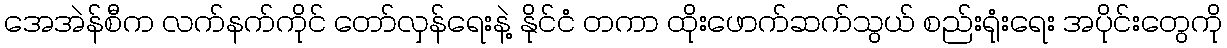
အေအဲန်စီက လက်နက်ကိုင် တော်လှန်ရေးနဲ့ နိုင်ငံ တကာ ထိုးဖောက်ဆက်သွယ် စည်းရုံးရေး အပိုင်းတွေကို